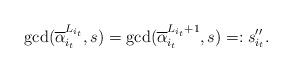
LaTeX: \begin{align*}\gcd(\overline{\alpha}_{i_t}^{L_{i_t}},s)=\gcd(\overline{\alpha}_{i_t}^{L_{i_t}+1},s)=:s''_{i_t}.\end{align*}